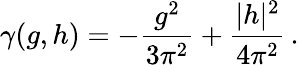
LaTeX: \gamma(g,h)=-\frac{g^{2}}{3\pi^{2}}+\frac{|h|^{2}}{4\pi^{2}}\, .